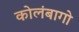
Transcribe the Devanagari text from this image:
कोलंबागो